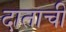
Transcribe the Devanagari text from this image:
दाताची